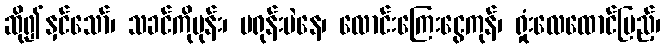
ဆို၍နှင်သော်၊ သခင်ကိုမုန်း၊ မရုန်းပဲနေ၊ လောင်းကြေးငွေကုန်၊ ရှုံးလေထောင်ပြည့်၊